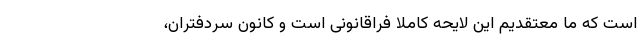
است که ما معتقدیم این لایحه کاملاً‌ فراقانونی است و کانون سردفتران،